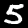
Label: 5